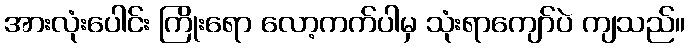
အားလုံးပေါင်း ကြိုးရော လော့ကက်ပါမှ သုံးရာကျော်ပဲ ကျသည်။